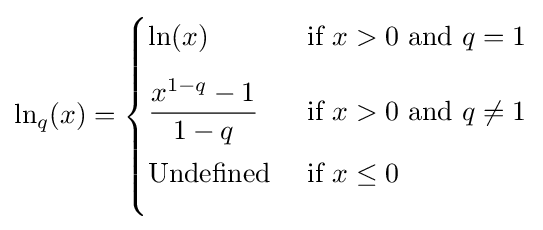
\ln _{q}(x)={\begin{cases}\ln(x)&{\text{if }}x>0{\text{ and }}q=1\\[8pt]{\dfrac {x^{1-q}-1}{1-q}}&{\text{if }}x>0{\text{ and }}q\neq 1\\[8pt]{\text{Undefined }}&{\text{if }}x\leq 0\\[8pt]\end{cases}}